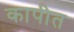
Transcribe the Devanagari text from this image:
कापीत